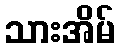
သားအိမ်